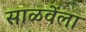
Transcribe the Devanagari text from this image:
साळवेंला